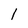
Character: 1